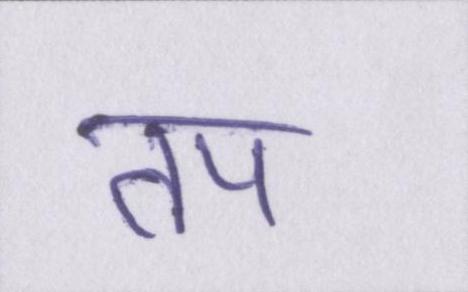
तप